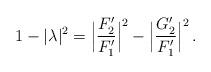
LaTeX: \begin{align*}1-|\lambda|^2=\Big| \frac{F_2'}{F_1'}\Big|^2- \Big| \frac{G_2'}{F_1'}\Big|^2\,.\end{align*}